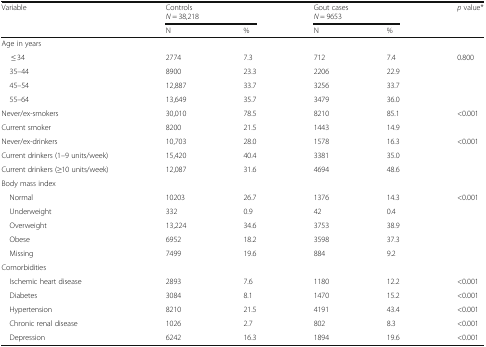
<table><thead><tr><td rowspan="2"><b>Variable</b></td><td colspan="2"><b>Controls<i>N</i> = 38,218</b></td><td colspan="2"><b>Gout cases<i>N</i> = 9653</b></td><td rowspan="2"><b><i>p</i> value*</b></td></tr><tr><td><b>N</b></td><td><b>%</b></td><td><b>N</b></td><td><b>%</b></td></tr></thead><tbody><tr><td colspan="6">Age in years</td></tr><tr><td>≤ 34</td><td>2774</td><td>7.3</td><td>712</td><td>7.4</td><td>0.800</td></tr><tr><td> 35–44</td><td>8900</td><td>23.3</td><td>2206</td><td>22.9</td><td rowspan="3"></td></tr><tr><td> 45–54</td><td>12,887</td><td>33.7</td><td>3256</td><td>33.7</td></tr><tr><td> 55–64</td><td>13,649</td><td>35.7</td><td>3479</td><td>36.0</td></tr><tr><td>Never/ex-smokers</td><td>30,010</td><td>78.5</td><td>8210</td><td>85.1</td><td>&lt;0.001</td></tr><tr><td>Current smoker</td><td>8200</td><td>21.5</td><td>1443</td><td>14.9</td><td></td></tr><tr><td>Never/ex-drinkers</td><td>10,703</td><td>28.0</td><td>1578</td><td>16.3</td><td>&lt;0.001</td></tr><tr><td>Current drinkers (1–9 units/week)</td><td>15,420</td><td>40.4</td><td>3381</td><td>35.0</td><td rowspan="2"></td></tr><tr><td>Current drinkers (≥10 units/week)</td><td>12,087</td><td>31.6</td><td>4694</td><td>48.6</td></tr><tr><td colspan="6">Body mass index</td></tr><tr><td> Normal</td><td>10203</td><td>26.7</td><td>1376</td><td>14.3</td><td>&lt;0.001</td></tr><tr><td> Underweight</td><td>332</td><td>0.9</td><td>42</td><td>0.4</td><td rowspan="4"></td></tr><tr><td> Overweight</td><td>13,224</td><td>34.6</td><td>3753</td><td>38.9</td></tr><tr><td> Obese</td><td>6952</td><td>18.2</td><td>3598</td><td>37.3</td></tr><tr><td> Missing</td><td>7499</td><td>19.6</td><td>884</td><td>9.2</td></tr><tr><td colspan="6">Comorbidities</td></tr><tr><td> Ischemic heart disease</td><td>2893</td><td>7.6</td><td>1180</td><td>12.2</td><td>&lt;0.001</td></tr><tr><td> Diabetes</td><td>3084</td><td>8.1</td><td>1470</td><td>15.2</td><td>&lt;0.001</td></tr><tr><td> Hypertension</td><td>8210</td><td>21.5</td><td>4191</td><td>43.4</td><td>&lt;0.001</td></tr><tr><td> Chronic renal disease</td><td>1026</td><td>2.7</td><td>802</td><td>8.3</td><td>&lt;0.001</td></tr><tr><td> Depression</td><td>6242</td><td>16.3</td><td>1894</td><td>19.6</td><td>&lt;0.001</td></tr></tbody></table>